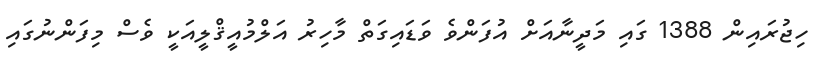
ހިޖުރައިން 1388 ގައި މަދީނާއަށް އުފަންވެ ވަޑައިގަތް މާހިރު އަލްމުއީޤްލީއަކީ ވެސް މިފަންނުގައި